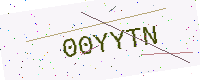
Text: 00YYTN